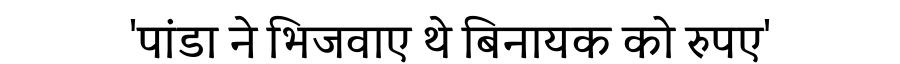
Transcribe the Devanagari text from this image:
'पांडा ने भिजवाए थे बिनायक को रुपए'